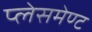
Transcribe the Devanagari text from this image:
प्लेसमेण्ट